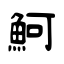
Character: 魺